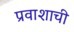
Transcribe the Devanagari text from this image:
प्रवाशाची